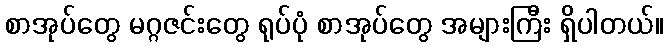
စာအုပ်တွေ မဂ္ဂဇင်းတွေ ရုပ်ပုံ စာအုပ်တွေ အများကြီး ရှိပါတယ်။